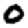
Digit: 0